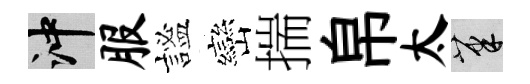
冲服謐巒揣帛太筆